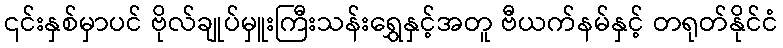
၎င်းနှစ်မှာပင် ဗိုလ်ချုပ်မှူးကြီးသန်းရွှေနှင့်အတူ ဗီယက်နမ်နှင့် တရုတ်နိုင်ငံ